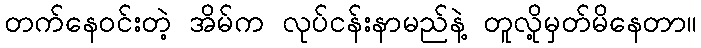
တက်နေဝင်းတဲ့ အိမ်က လုပ်ငန်းနာမည်နဲ့ တူလို့မှတ်မိနေတာ။